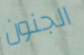
الجنون